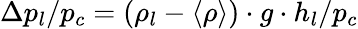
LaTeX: \Delta p_{l}/p_{c}=(\rho_{l}-\langle\rho\rangle)\cdot g\cdot h_{l}/p_{c}